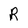
Character: R